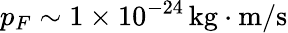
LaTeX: p_{F}\sim 1\times 10^{-24}\, \mathrm{kg\cdot m/s}